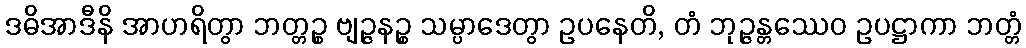
ဒဓိအာဒီနိ အာဟရိတွာ ဘတ္တဉ္စ ဗျဉ္ဇနဉ္စ သမ္ပာဒေတွာ ဥပနေတိ, တံ ဘုဉ္ဇန္တဿေဝ ဥပဋ္ဌာကာ ဘတ္တံ